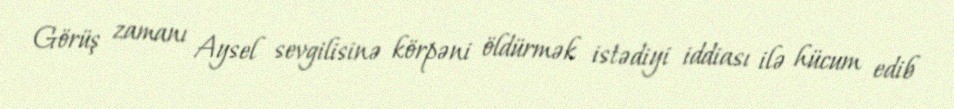
Görüş zamanı Aysel sevgilisinə körpəni öldürmək istədiyi iddiası ilə hücum edib